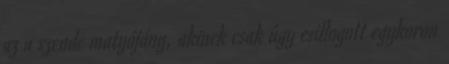
az a szende matyójány, akinek csak úgy csillogott egykoron